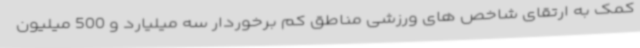
کمک به ارتقای شاخص های ورزشی مناطق کم برخوردار سه میلیارد و 500 میلیون